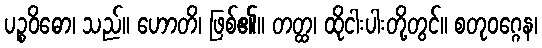
ပဉ္စဝိဓော၊ သည်။ ဟောတိ၊ ဖြစ်၏။ တတ္ထ၊ ထိုငါးပါးတို့တွင်။ စတုဝဂ္ဂေန၊